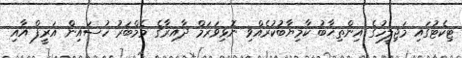
ޓިކެޓުގައި މަޖިލީހުގެ އިންތިޚާބު ކާމިޔާބުކުރެއްވި ނޮޅިވަރަމް ދާއިރާގެ މެމްބަރު ހުސައިން އަރީފް އާއި